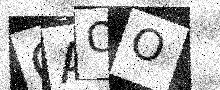
Text: CAOO